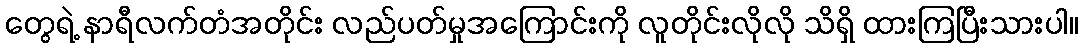
တွေရဲ့ နာရီလက်တံအတိုင်း လည်ပတ်မှုအကြောင်းကို လူတိုင်းလိုလို သိရှိ ထားကြပြီးသားပါ။